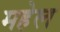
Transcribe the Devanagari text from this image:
महेल